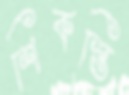
শিকস্তি